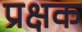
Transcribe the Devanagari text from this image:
प्रक्षक